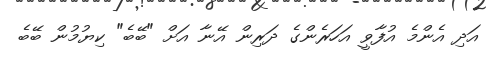
އަދި އެންމެ އުފާވީ އަހަރެންގެ ދަރިން އޭނާ އަށް "ބޭބެ" ކިޔުމުން ބޭބެ